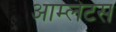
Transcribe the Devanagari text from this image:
आम्लेटस